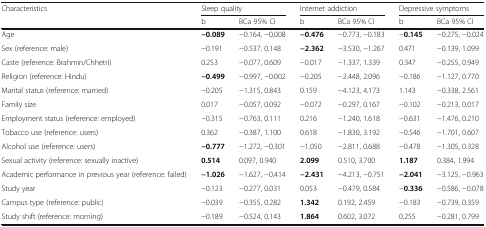
<table><thead><tr><td rowspan="2"><b>Characteristics</b></td><td colspan="2"><b>Sleep quality</b></td><td colspan="2"><b>Internet addiction</b></td><td colspan="2"><b>Depressive symptoms</b></td></tr><tr><td><b>b</b></td><td><b>BCa 95% CI</b></td><td><b>b</b></td><td><b>BCa 95% CI</b></td><td><b>b</b></td><td><b>BCa 95% CI</b></td></tr></thead><tbody><tr><td>Age</td><td><b>−0.089</b></td><td>−0.164, −0.008</td><td><b>−0.476</b></td><td>−0.773, −0.183</td><td>−<b>0.145</b></td><td>−0.275, −0.024</td></tr><tr><td>Sex (reference: male)</td><td>−0.191</td><td>−0.537, 0.148</td><td><b>−2.362</b></td><td>−3.530, −1.267</td><td>0.471</td><td>−0.139, 1.099</td></tr><tr><td>Caste (reference: Brahmin/Chhetri)</td><td>0.253</td><td>−0.077, 0.609</td><td>−0.017</td><td>−1.337, 1.339</td><td>0.347</td><td>−0.255, 0.949</td></tr><tr><td>Religion (reference: Hindu)</td><td><b>−0.499</b></td><td>−0.997, −0.002</td><td>−0.205</td><td>−2.448, 2.096</td><td>−0.186</td><td>−1.127, 0.770</td></tr><tr><td>Marital status (reference: married)</td><td>−0.205</td><td>−1.315, 0.843</td><td>0.159</td><td>−4.123, 4.173</td><td>1.143</td><td>−0.338, 2.561</td></tr><tr><td>Family size</td><td>0.017</td><td>−0.057, 0.092</td><td>−0.072</td><td>−0.297, 0.167</td><td>−0.102</td><td>−0.213, 0.017</td></tr><tr><td>Employment status (reference: employed)</td><td>−0.315</td><td>−0.763, 0.111</td><td>0.216</td><td>−1.240, 1.618</td><td>−0.631</td><td>−1.476, 0.210</td></tr><tr><td>Tobacco use (reference: users)</td><td>0.362</td><td>−0.387, 1.100</td><td>0.618</td><td>−1.830, 3.192</td><td>−0.546</td><td>−1.701, 0.607</td></tr><tr><td>Alcohol use (reference: users)</td><td><b>−0.777</b></td><td>−1.272, −0.301</td><td>−1.050</td><td>−2.811, 0.688</td><td>−0.478</td><td>−1.305, 0.328</td></tr><tr><td>Sexual activity (reference: sexually inactive)</td><td><b>0.514</b></td><td>0.097, 0.940</td><td><b>2.099</b></td><td>0.510, 3.700</td><td><b>1.187</b></td><td>0.384, 1.994</td></tr><tr><td>Academic performance in previous year (reference: failed)</td><td><b>−1.026</b></td><td>−1.627, −0.414</td><td><b>−2.431</b></td><td>−4.213, −0.751</td><td><b>−2.041</b></td><td>−3.125, −0.963</td></tr><tr><td>Study year</td><td>−0.123</td><td>−0.277, 0.031</td><td>0.053</td><td>−0.479, 0.584</td><td>−<b>0.336</b></td><td>−0.586, −0.078</td></tr><tr><td>Campus type (reference: public)</td><td>−0.039</td><td>−0.355, 0.282</td><td><b>1.342</b></td><td>0.192, 2.459</td><td>−0.183</td><td>−0.739, 0.359</td></tr><tr><td>Study shift (reference: morning)</td><td>−0.189</td><td>−0.524, 0.143</td><td><b>1.864</b></td><td>0.602, 3.072</td><td>0.255</td><td>−0.281, 0.799</td></tr></tbody></table>